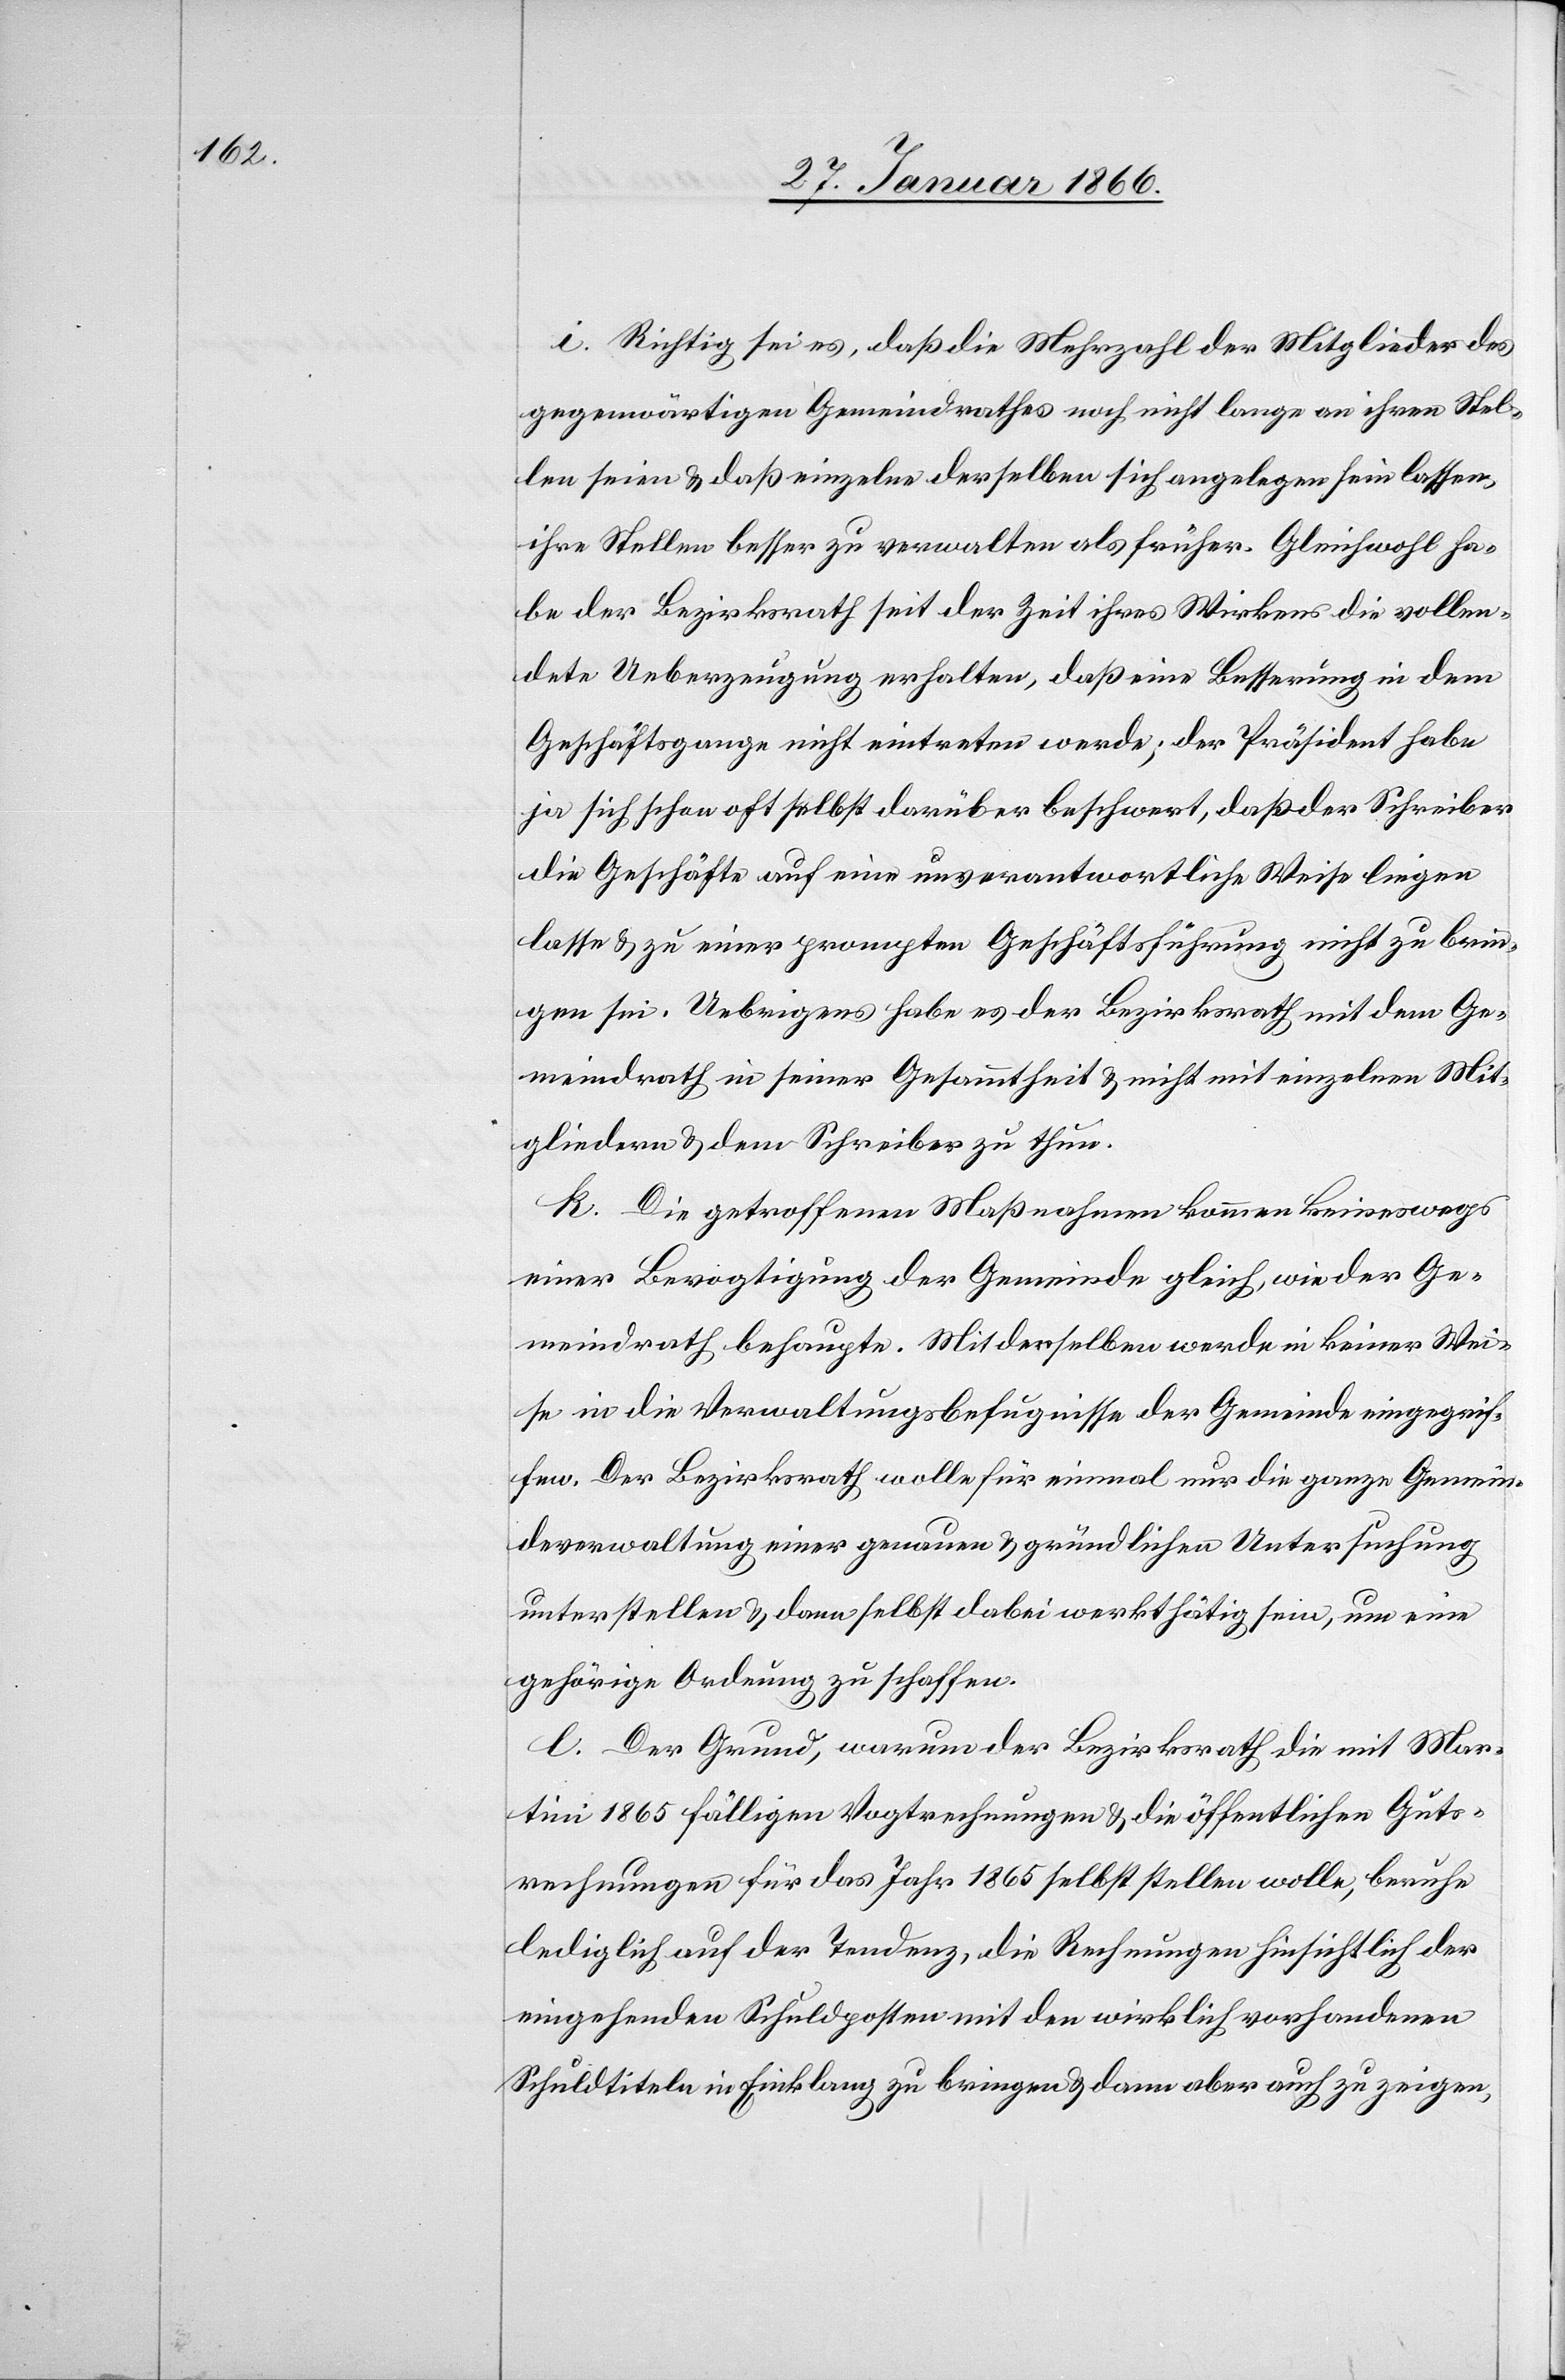
i. Richtig sei es, daß die Mehrzahl der Mitglieder des
gegenwärtigen Gemeindrathes noch nicht lange an ihren Stel¬
len seien u. daß einzelne derselben sich angelegen sein lassen,
ihre Stellen besser zu verwalten als früher. Gleichwohl ha¬
be der Bezirksrath seit der Zeit ihres Wirkens die vollen¬
dete Ueberzeugung erhalten, daß eine Besserung in dem
Geschäftsgange nicht eintreten werde; der Präsident habe
ja sich schon oft selbst darüber beschwert, daß der Schreiber
die Geschäfte auf eine unverantwortliche Weise liegen
lassen u. zu einer prompten Geschäftsführung nicht zu brin¬
gen sei. Uebrigens habe es der Bezirksrath mit dem Ge¬
meindrath in seiner Gesammtheit u. nicht mit einzelnen Mit¬
gliedern u. dem Schreiber zu thun.
k. Die getroffenen Maßnahmen kommen keineswegs
einer Bevogtigung der Gemeinde gleich, wie der Ge¬
meindrath behaupte. Mit derselben werde in keiner Wei¬
se in die Verwaltungsbefugnisse der Gemeinde eingegrif¬
fen. Der Bezirksrath wolle für einmal nur die ganze Gemein¬
deverwaltung einer genauen u. gründlichen Untersuchung
unterstellen u. dann selbst dabei werkthätig sein, um eine
gehörige Ordnung zu schaffen.
l. Der Grund, warum der Bezirksrath die mit Mar¬
tini 1865 fälligen Vogtrechnungen u. die öffentlichen Guts¬
rechnungen für das Jahr 1865 selbst stellen wolle, beruhe
lediglich auf der Tendenz, die Rechnungen hinsichtlich der
eingehenden Schuldposten mit den wirklich vorhandenen
Schuldtiteln in Einklang zu bringen u. dann aber auch zu zeigen,